Annual report of the Bengal Veterinary College and of the Civil Veterinary Department, Bengal, for the year 1913-1914 - 1913-1914
Year: 1913
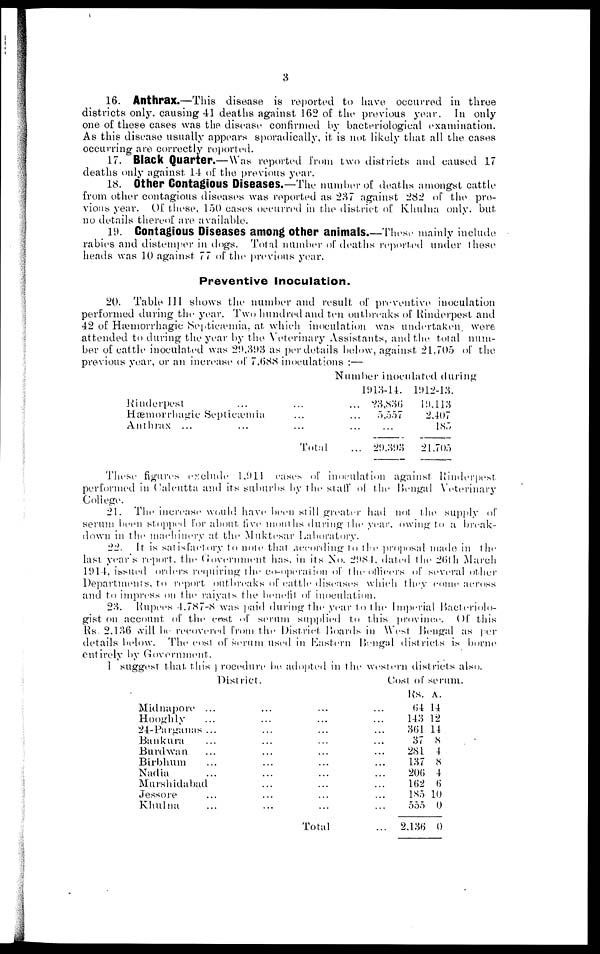
3
16. Anthrax.—This disease is reported to have occurred in three
districts only causing 41 deaths against 162 of the previous year. In only
one of these cases was the disease confirmed by bacteriological examination.
As this disease usually appears sporadically, it is not likely that all the cases
occurring are correctly reported.
17. Black Quarter.—Was reported from two districts and caused 17
deaths only against 1-1 of the previous year.
18. Other Contagious Diseases.—The number of deaths amongst cattle
from other contagious diseases was reported as 237 against 282 of the pre-
vious year. 0f these, 150 cases occurred in the district of Khulna only. but
no details thereof are available.
19. Contagious Diseases among other animals.—These mainly include
rabies and distemper in dogs. Total number of deaths reported under these
heads was 10 against 77 of the previous year.
Preventive Inoculation.
20. Table 111 shows the number and result of preventive inoculation
performed during the year. Two hundred and ten outbreaks of Rinderpest and
42 of Hæmorrhagic Septicæmia, at which inoculation was undertaken, were
attended to during the year by the Veterinary Assistants, and the total num-
ber of cattle inoculated was 29,393 as per details below, against 21,705 of the
previous year, or an increase of 7,688 inoculations :—
Rinderpest ...
Hæmorrhagic Septicæmia
Anthrax ...
...
...
...
Total
Number inoculated during
1913-14.
...
...
...
...
23,836
5,557
...
29.393
1912-13.
19,113
2,407
185
21,705
These figures exclude 1,011 cases of inoculation against Rinderpest
performed in Calcutta and its suburbs by the staff of the Bengal Veterinary
College.
21. The increase would have been still greater had not the supply of
serum been stopped for about live months during the year. owing to a break-
down in the machinery at the Muktesar Laboratory.
22. It is satisfactory to note that according to the proposal made in the
last years report, the Government has. in its No. 2984. dated the 26th March
11)14, issued orders requiring the co-operation of the officers of several other
Departments, to report outbreaks of cattle diseases which they come across
and to impress on the raiyals the benefit of inoculation.
23. Rupees 4.787-8 was paid during the year to the Imperial Bacteriolo-
gist on account of the cost of serum supplied to this province. Of this
Rs. 2.136 will be recovered from the District Boards in West Bengal as per
details below. The cost of serum used in Eastern Bengal districts is borne
entirely by Government.
I suggest that this Procedure be adopted in the western districts also.
District.
Midnapore ...
Hooghly ...
24 - Parganas ...
Bankura ...
Burdwan ...
Birbhum ...
Nadia ...
Murshidabad
Jessore ...
Khulna ...
...
...
...
...
...
...
...
...
...
...
...
...
...
...
...
...
...
...
...
...
Total
...
...
...
...
...
...
...
...
...
...
...
Cost of serum.
Rs. A.
04 14
143 12
361 14
37 8
281 4
137 8
206 4
162 6
185 10
555 0
2,136 0